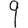
Digit: 9